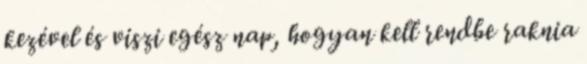
kezével és viszi egész nap, hogyan kell rendbe raknia